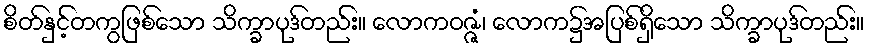
စိတ်နှင့်တကွဖြစ်သော သိက္ခာပုဒ်တည်း။ လောကဝဇ္ဇံ၊ လောက၌အပြစ်ရှိသော သိက္ခာပုဒ်တည်း။